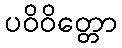
ပဝိဝိတ္တော